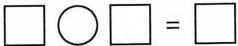
$$\Box \circ \Box = \Box$$